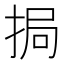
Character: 挶